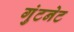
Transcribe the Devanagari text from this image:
गुंटनेट